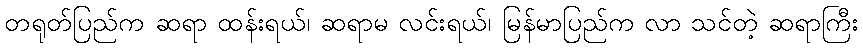
တရုတ်ပြည်က ဆရာ ထန်းရယ်၊ ဆရာမ လင်းရယ်၊ မြန်မာပြည်က လာ သင်တဲ့ ဆရာကြီး